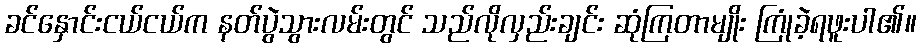
ခင်နှောင်းငယ်ငယ်က နတ်ပွဲသွားလမ်းတွင် သည်လိုလှည်းချင်း ဆုံကြတာမျိုး ကြုံခဲ့ရဖူးပါ၏။